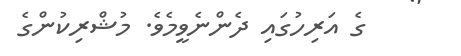
ގެ އަރިހުގައި ދެންނެވީމެވެ. މުޝްރިކުންގެ